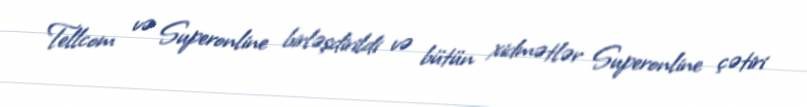
Tellcom və Superonline birləşdirildi və bütün xidmətlər Superonline çətiri